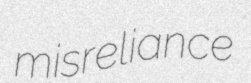
misreliance